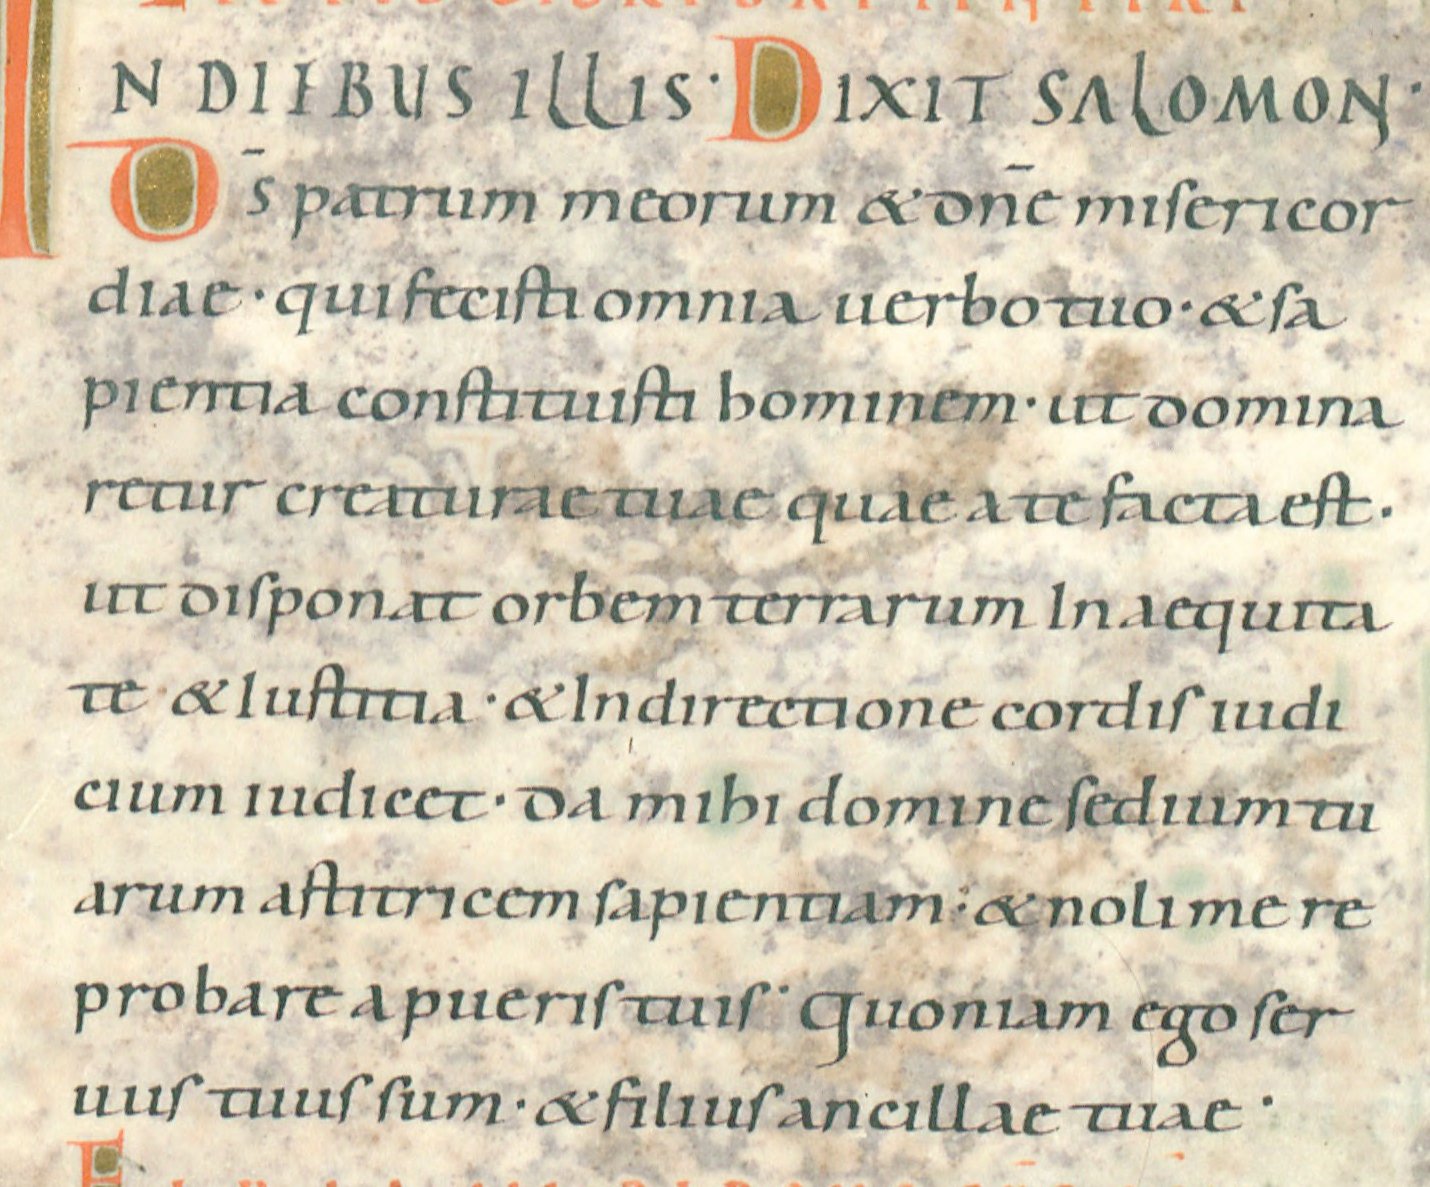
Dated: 1022–1036